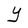
Character: Y